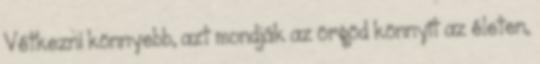
Vétkezni könnyebb, azt mondják az örgöd könnyít az életen,